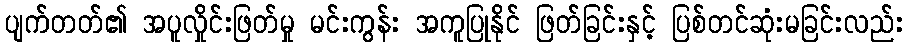
ပျက်တတ်၏ အပူလှိုင်းဖြတ်မှု မင်းကွန်း အကူပြုနိုင် ဖြတ်ခြင်းနှင့် ပြစ်တင်ဆုံးမခြင်းလည်း